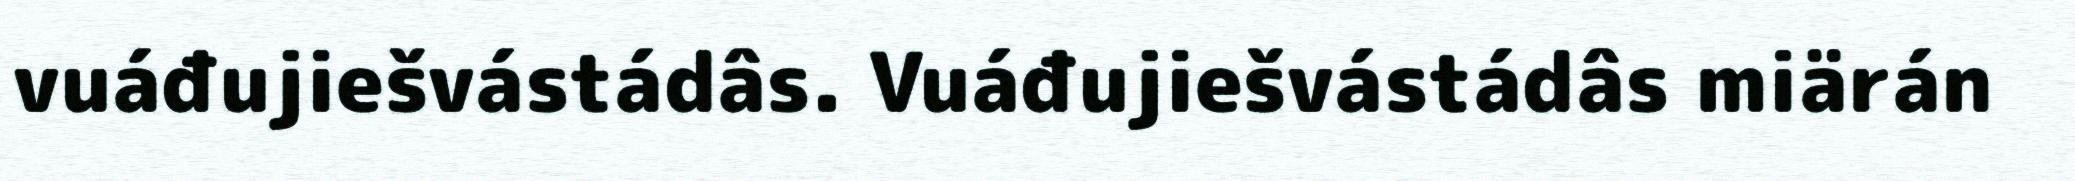
vuáđujiešvástádâs. Vuáđujiešvástádâs miärán